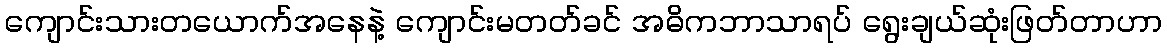
ကျောင်းသားတယောက်အနေနဲ့ ကျောင်းမတတ်ခင် အဓိကဘာသာရပ် ရွေးချယ်ဆုံးဖြတ်တာဟာ